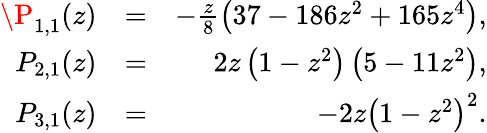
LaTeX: \begin{array}{rlr}{\P_{1,1}(z)}&{=}&{-\frac{z}{8}\left(37-186z^{2}+165z^{4}\right),}\\ {P_{2,1}(z)}&{=}&{2z\left(1-z^{2}\right)\left(5-11z^{2}\right),}\\ {P_{3,1}(z)}&{=}&{-2z\left(1-z^{2}\right)^{2}.}\end{array}